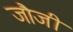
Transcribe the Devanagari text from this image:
जौजी